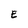
Character: E